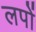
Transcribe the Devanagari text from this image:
लपों